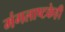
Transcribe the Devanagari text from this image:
मंगलाष्टकेही